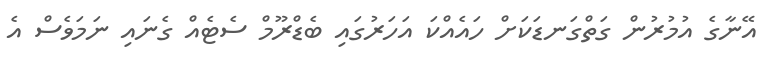
އޭނާގެ އުމުރުން ގަތްގަނޑަކަށް ހައެއްކަ އަހަރުގައި ބެޑްރޫމް ސެޓެއް ގެނައި ނަމަވެސް އެ